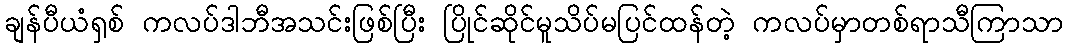
ချန်ပီယံရှစ် ကလပ်ဒါဘီအသင်းဖြစ်ပြီး ပြိုင်ဆိုင်မူသိပ်မပြင်ထန်တဲ့ ကလပ်မှာတစ်ရာသီကြာသာ